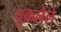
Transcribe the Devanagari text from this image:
चुकलेले